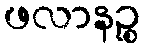
ဖလာနဉ္စ